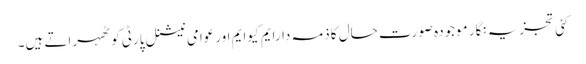
کئی تجزیہ نگار موجودہ صورتِ حال کا ذمہ دارایم کیوایم اورعوامی نیشنل پارٹی کو ٹھہراتے ہیں۔